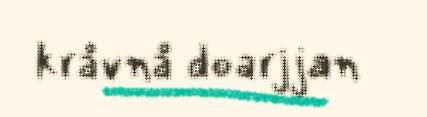
kråvnå doarjjan